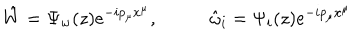
\hat { W } = \Psi _ { w } ( z ) e ^ { - i p _ { \mu } x ^ { \mu } } , ~ ~ \hat { \omega } _ { i } = \Psi _ { i } ( z ) e ^ { - i p _ { \mu } x ^ { \mu } }